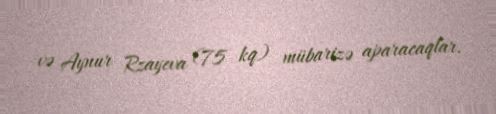
və Aynur Rzayeva (75 kq) mübarizə aparacaqlar.